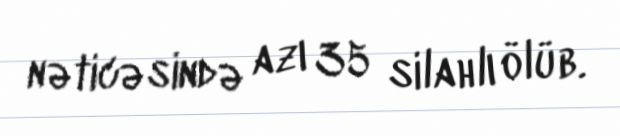
nəticəsində azı 35 silahlı ölüb.